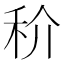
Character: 𥝵